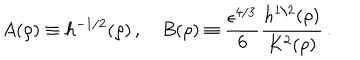
LaTeX: A ( \rho ) \equiv h ^ { - 1 / 2 } ( \rho ) \, , \quad B ( \rho ) \equiv \frac { \epsilon ^ { 4 / 3 } } { 6 } \frac { h ^ { 1 / 2 } ( \rho ) } { K ^ { 2 } ( \rho ) } \, .